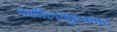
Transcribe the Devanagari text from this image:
वसीलमुहम्मद